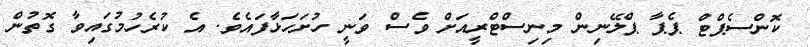
ކޮންސެޕްޓް ޕެޕާ ޕްލޭނިން މިނިސްޓްރީއަށް ވެސް ވަނީ ހުށަހަޅާފައެވެ. އެ ކުރެހުމުގައިވާ ގޮތުން